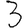
Digit: 3